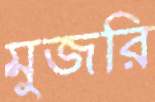
মুজরি